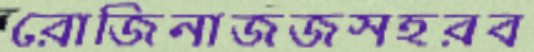
রোজিনাজজসহরব